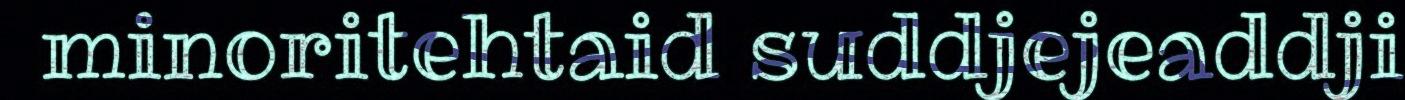
minoritehtaid suddjejeaddji